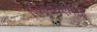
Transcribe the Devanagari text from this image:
सिऐथिएसिई